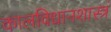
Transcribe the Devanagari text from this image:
कालविधानशास्त्रं